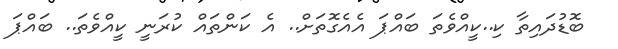
ބޮޑުދައިތާ ކި..ކީއްވެތަ ބައްޕަ އެއެގޮތަށް.. އެ ކަންތައް ކުރަނީ ކީއްވެތަ.. ބައްޕަ